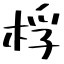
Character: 桴